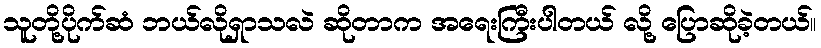
သူတို့ပိုက်ဆံ ဘယ်လိုရှာသလဲ ဆိုတာက အရေးကြီးပါတယ် လို့ ပြောဆိုခဲ့တယ်။